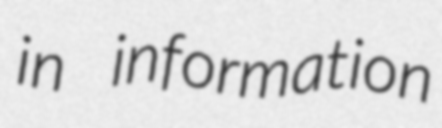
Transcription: in information